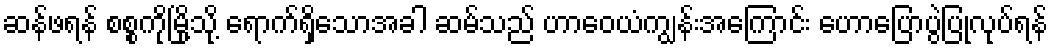
ဆန်ဖရန် စစ္စကိုမြို့သို့ ရောက်ရှိသောအခါ ဆမ်သည် ဟာဝေယံကျွန်းအကြောင်း ဟောပြောပွဲပြုလုပ်ရန်